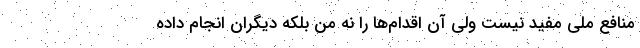
منافع ملي مفيد نيست ولي آن اقدام‌ها را نه من بلكه ديگران انجام داده